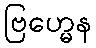
ဗြဟ္မေန